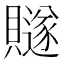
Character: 𧸙